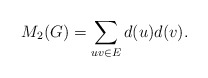
\begin{align*}M_2(G)=\sum_{uv\in E}d(u)d(v).\end{align*}